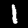
Digit: 1